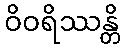
ဝိဝရိဿန္တိ